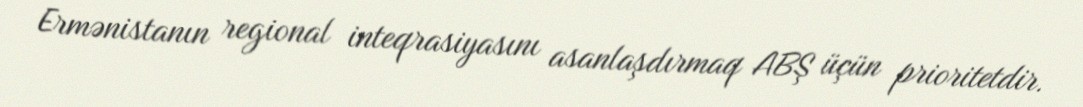
Ermənistanın regional inteqrasiyasını asanlaşdırmaq ABŞ üçün prioritetdir.